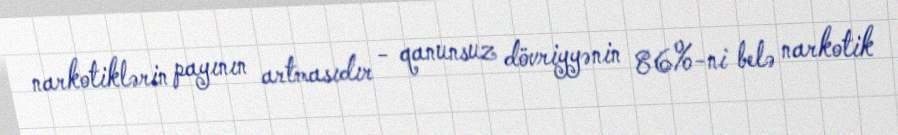
narkotiklərin payının artmasıdır - qanunsuz dövriyyənin 86%-ni belə narkotik